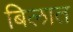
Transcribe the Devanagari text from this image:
बिलात